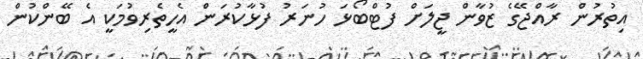
އިތުރުން ރާއްޖޭގެ ޒުވާން ޖީލަށް ފުޓްބޯޅަ ހުނަރު ފުޅާކުރަން އެހީތެރިވުމަކީ އެ ބޭންކުން